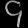
Digit: ၄